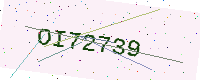
Text: OI72739